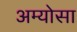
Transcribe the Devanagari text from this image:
अम्योसा